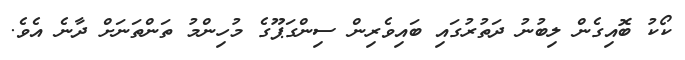
ކޯކު ބޮއިގެން ލިބުނު ދަތުރުގައި ބައިވެރިން ސިންގަޕޫގެ މުހިންމު ތަންތަނަށް ދާނެ އެވެ.